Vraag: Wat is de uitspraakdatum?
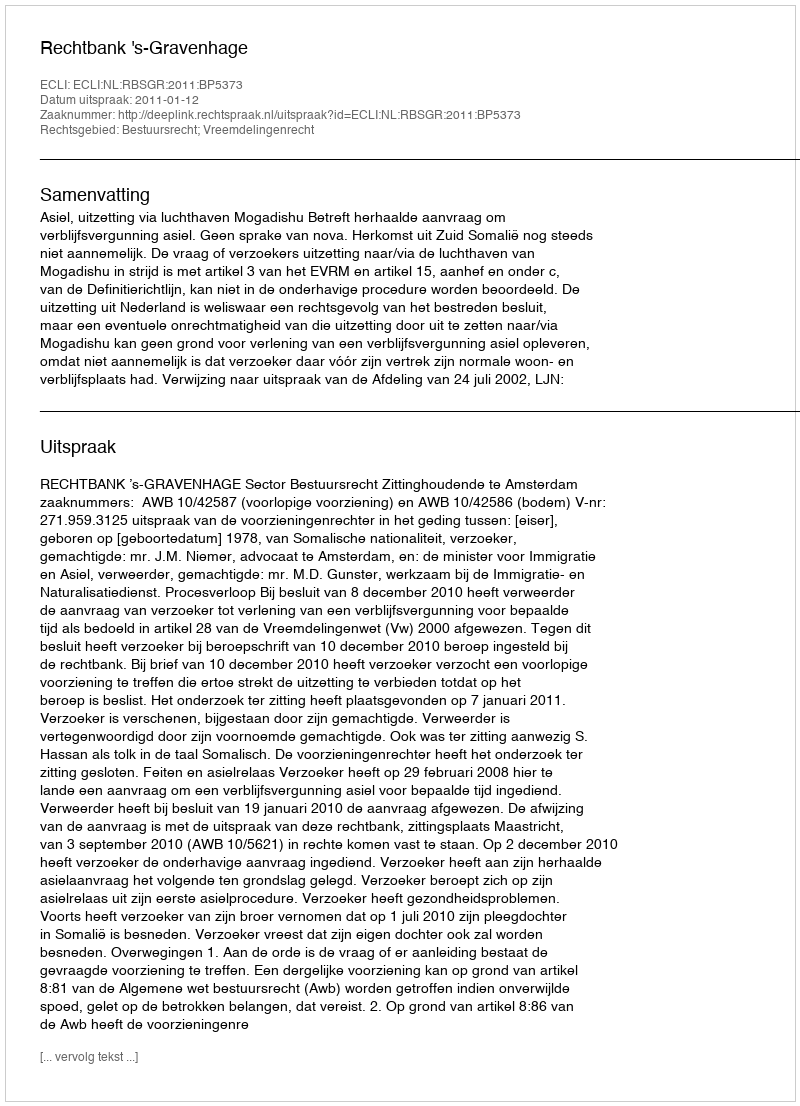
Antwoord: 2011-01-12